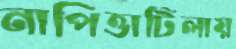
নাপিত্তাটিলায়